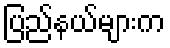
ပြည်နယ်များက